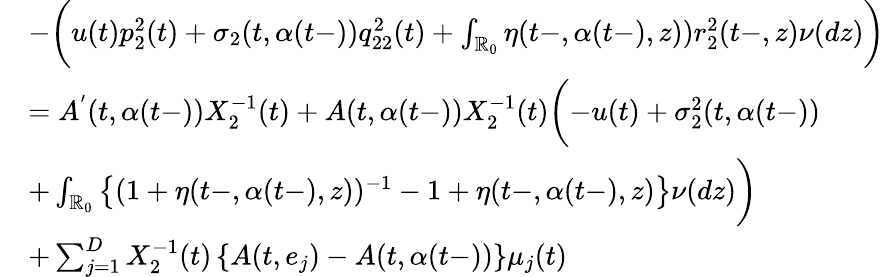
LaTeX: \begin{array}{rl}&{-\biggl(u(t)p_{2}^{2}(t)+\sigma_{2}(t,\alpha(t-))q_{22}^{2}(t)+\int_{\mathbb{R}_{0}}\eta(t-,\alpha(t-),z))r_{2}^{2}(t-,z)\nu(dz)\biggr)}\\ &{=A^{'}(t,\alpha(t-))X_{2}^{-1}(t)+A(t,\alpha(t-))X_{2}^{-1}(t)\biggl(-u(t)+\sigma_{2}^{2}(t,\alpha(t-))}\\ &{+\int_{\mathbb{R}_{0}}\left\{ (1+\eta(t-,\alpha(t-),z))^{-1}-1+\eta(t-,\alpha(t-),z)\right\} \nu(dz)\biggr)}\\ &{+\sum_{j=1}^{D}X_{2}^{-1}(t)\left\{ A(t,e_{j})-A(t,\alpha(t-))\right\} \mu_{j}(t)}\end{array}